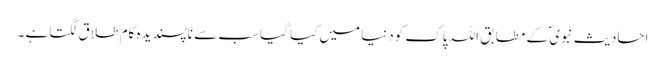
احادیثِ نبوی ؐ کے مطابق اللہ پاک کودنیا میں کیا گیا سب سے ناپسندیدہ کام طلاق لگتاہے ۔